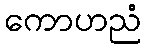
ကောဟညံ